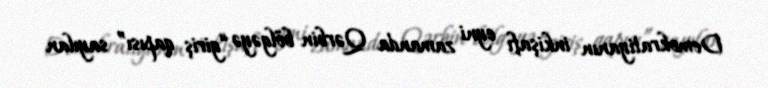
Demokratiyanın inkişafı eyni zamanda Qərbin bölgəyə “giriş qapısı” sayılan